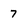
Character: 7